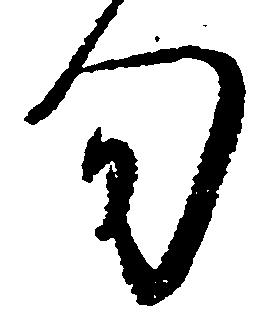
旬